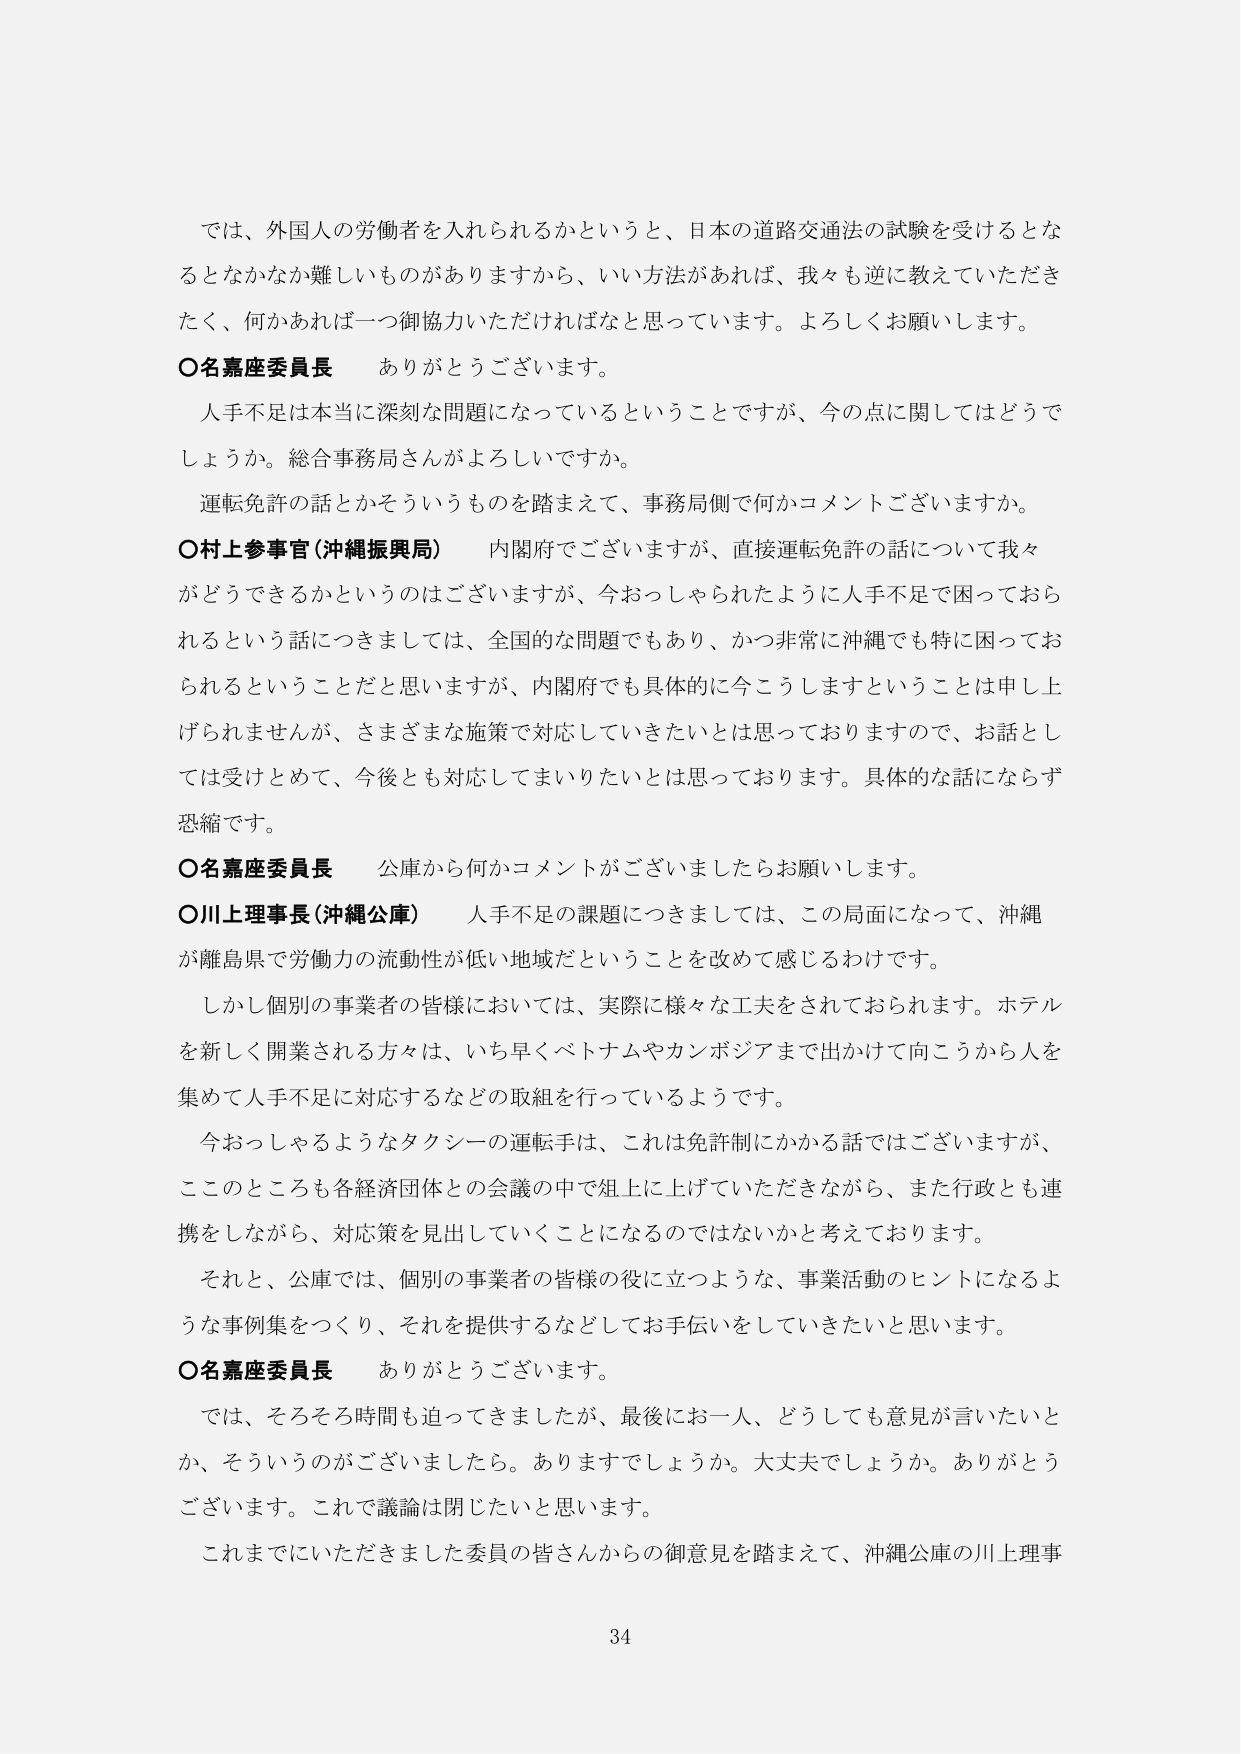
では、外国人の労働者を入れられるかというと、日本の道路交通法の試験を受けるとな
るとなかなか難しいものがありますから、いい方法があれば、我々も逆に教えていただき
たく、何かあれば一御協力いただければなと思っています。よろしくお願いします。
〇名嘉座委員長　ありがとうございます。
　人手不足は本当に深刻な問題になっているということですが、今の点に関してはどうで
しょうか。総合事務局さんがよろしいですか。
　運転免許の話とかそういうものを踏まえて、事務局側で何かコメントございますか。
〇村上参事官（沖縄振興局）　内閣府でございますが、直接運転免許の話について我々
がどうできるかというのはございますが、今おっしゃられたように人手不足で困っておら
れるという話につきましては、全国的な問題でもあり、かつ非常に沖縄でも特に困ってお
られるということだと思いますが、内閣府でも具体的に今こうしますということは申し上
げられませんが、さまざまな施策で対応していきたいとは思っておりますので、お話とし
ては受けとめて、今後とも対応してまいりたいとは思っております。具体的な話にならず
恐縮です。
〇名嘉座委員長　公庫から何かコメントがございましたらお願いします。
〇川上理事長（沖縄公庫）　人手不足の課題につきましては、この局面になって、沖縄
が離島県で労働力の流動性が低い地域だということを改めて感じるわけです。
　しかし個別の事業者の皆様においては、実際に様々な工夫をされておられます。ホテル
を新しく開業される方々は、いち早くベトナムやカンボジアまで出かけて向こうから人を
集めて人手不足に対応するなどの取組を行っているようです。
　今おっしゃるようなタクシーの運転手は、これは免許制にかかる話ではございますが、
ここのところも各経済団体との会議の中で俎上に上げていただきながら、また行政とも連
携をしながら、対応策を見出していくことになるのではないかと考えております。
　それと、公庫では、個別の事業者の皆様の役に立つような、事業活動のヒントになるよ
うな事例集をつくり、それを提供するなどしてお手伝いをしていきたいと思います。
〇名嘉座委員長　ありがとうございます。
　では、そろそろ時間も迫ってきましたが、最後にお一人、どうしても意見が言いたいと
か、そういうのがございましたら。ありますでしょうか。大丈夫でしょうか。ありがとう
ございます。これで議論は閉じたいと思います。
　これまでにいただきました委員の皆さんからの御意見を踏まえて、沖縄公庫の川上理事
34